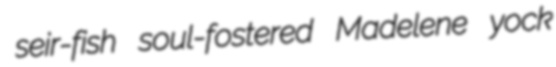
seir-fish soul-fostered Madelene yock